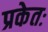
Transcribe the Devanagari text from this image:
प्रकेतः